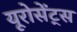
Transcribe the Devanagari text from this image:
यूरोसेंट्स